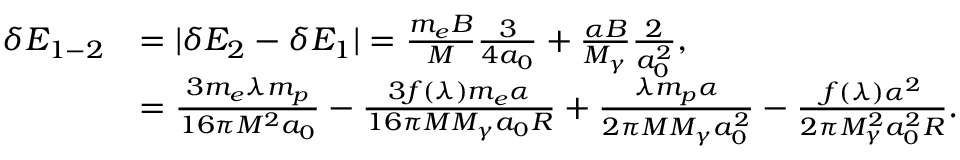
\begin{array} { r l } { \delta E _ { 1 - 2 } } & { = | \delta E _ { 2 } - \delta E _ { 1 } | = \frac { m _ { e } B } { M } \frac { 3 } { 4 a _ { 0 } } + \frac { \alpha B } { M _ { \gamma } } \frac { 2 } { a _ { 0 } ^ { 2 } } , } \\ & { = \frac { 3 m _ { e } \lambda m _ { p } } { 1 6 \pi M ^ { 2 } a _ { 0 } } - \frac { 3 f ( \lambda ) m _ { e } \alpha } { 1 6 \pi M M _ { \gamma } a _ { 0 } R } + \frac { \lambda m _ { p } \alpha } { 2 \pi M M _ { \gamma } a _ { 0 } ^ { 2 } } - \frac { f ( \lambda ) \alpha ^ { 2 } } { 2 \pi M _ { \gamma } ^ { 2 } a _ { 0 } ^ { 2 } R } . } \end{array}